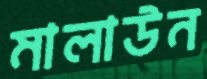
মালাউন